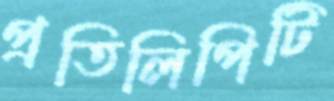
প্রতিলিপিটি